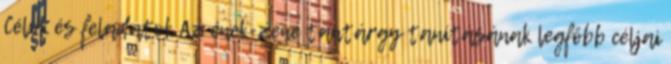
Célok és feladatok Az ének-zene tantárgy tanításának legfőbb céljai